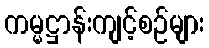
ကမ္မဋ္ဌာန်းကျင့်စဉ်များ